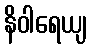
နိဝါရေယျ